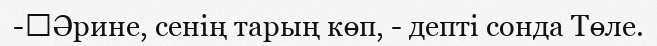
-	Әрине, сенің тарың көп, - депті сонда Төле.